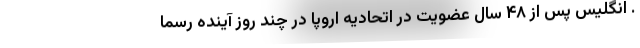
. انگلیس پس از ۴۸ سال عضویت در اتحادیه اروپا در چند روز آینده رسما